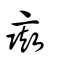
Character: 彘